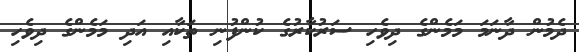
ދެމުން ދާނަމަ މަމެންގެ ދިވެހި ސަރުކާރުގެ ކުންފުނި ތަކާއި އަދި މަމެންގެ ދިވެހި